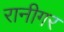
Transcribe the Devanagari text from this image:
रानीगर